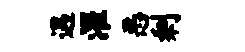
遇濯恶剩